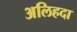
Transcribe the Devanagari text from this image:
अलिहदा